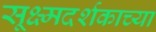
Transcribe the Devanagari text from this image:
सूक्ष्मदर्शकाच्या